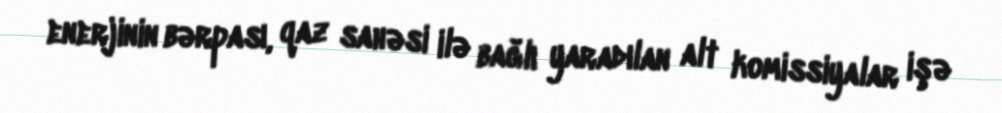
enerjinin bərpası, qaz sahəsi ilə bağlı yaradılan alt komissiyalar işə